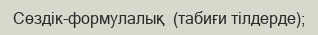
Сөздік-формулалық  (табиғи тілдерде);